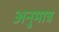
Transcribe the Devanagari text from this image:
अनुमात्र